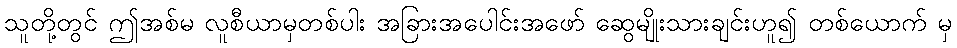
သူတို့တွင် ဤအစ်မ လူစီယာမှတစ်ပါး အခြားအပေါင်းအဖော် ဆွေမျိုးသားချင်းဟူ၍ တစ်ယောက် မှ